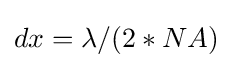
dx=\lambda /(2*NA)